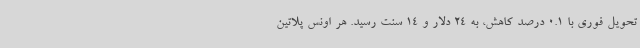
تحویل فوری با 0.1 درصد کاهش، به 24 دلار و 14 سنت رسید. هر اونس پلاتین